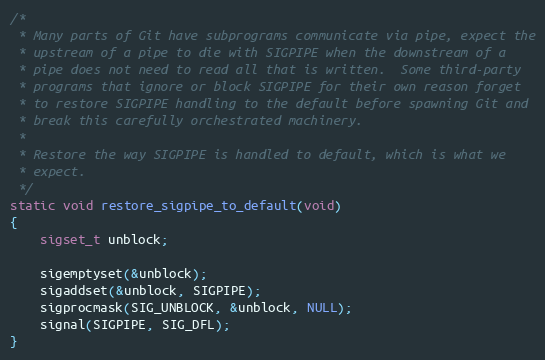
Language: C
/*
 * Many parts of Git have subprograms communicate via pipe, expect the
 * upstream of a pipe to die with SIGPIPE when the downstream of a
 * pipe does not need to read all that is written.  Some third-party
 * programs that ignore or block SIGPIPE for their own reason forget
 * to restore SIGPIPE handling to the default before spawning Git and
 * break this carefully orchestrated machinery.
 *
 * Restore the way SIGPIPE is handled to default, which is what we
 * expect.
 */
static void restore_sigpipe_to_default(void)
{
	sigset_t unblock;

	sigemptyset(&unblock);
	sigaddset(&unblock, SIGPIPE);
	sigprocmask(SIG_UNBLOCK, &unblock, NULL);
	signal(SIGPIPE, SIG_DFL);
}